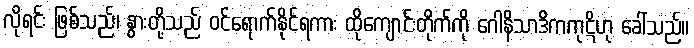
လိုရင်း ဖြစ်သည်၊ နွားတို့သည် ဝင်ရောက်နိုင်ရကား ထိုကျောင်းတိုက်ကို ဂေါနိသာဒိကကုဋိဟု ခေါ်သည်။